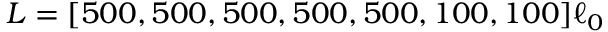
L = [ 5 0 0 , 5 0 0 , 5 0 0 , 5 0 0 , 5 0 0 , 1 0 0 , 1 0 0 ] \ell _ { 0 }